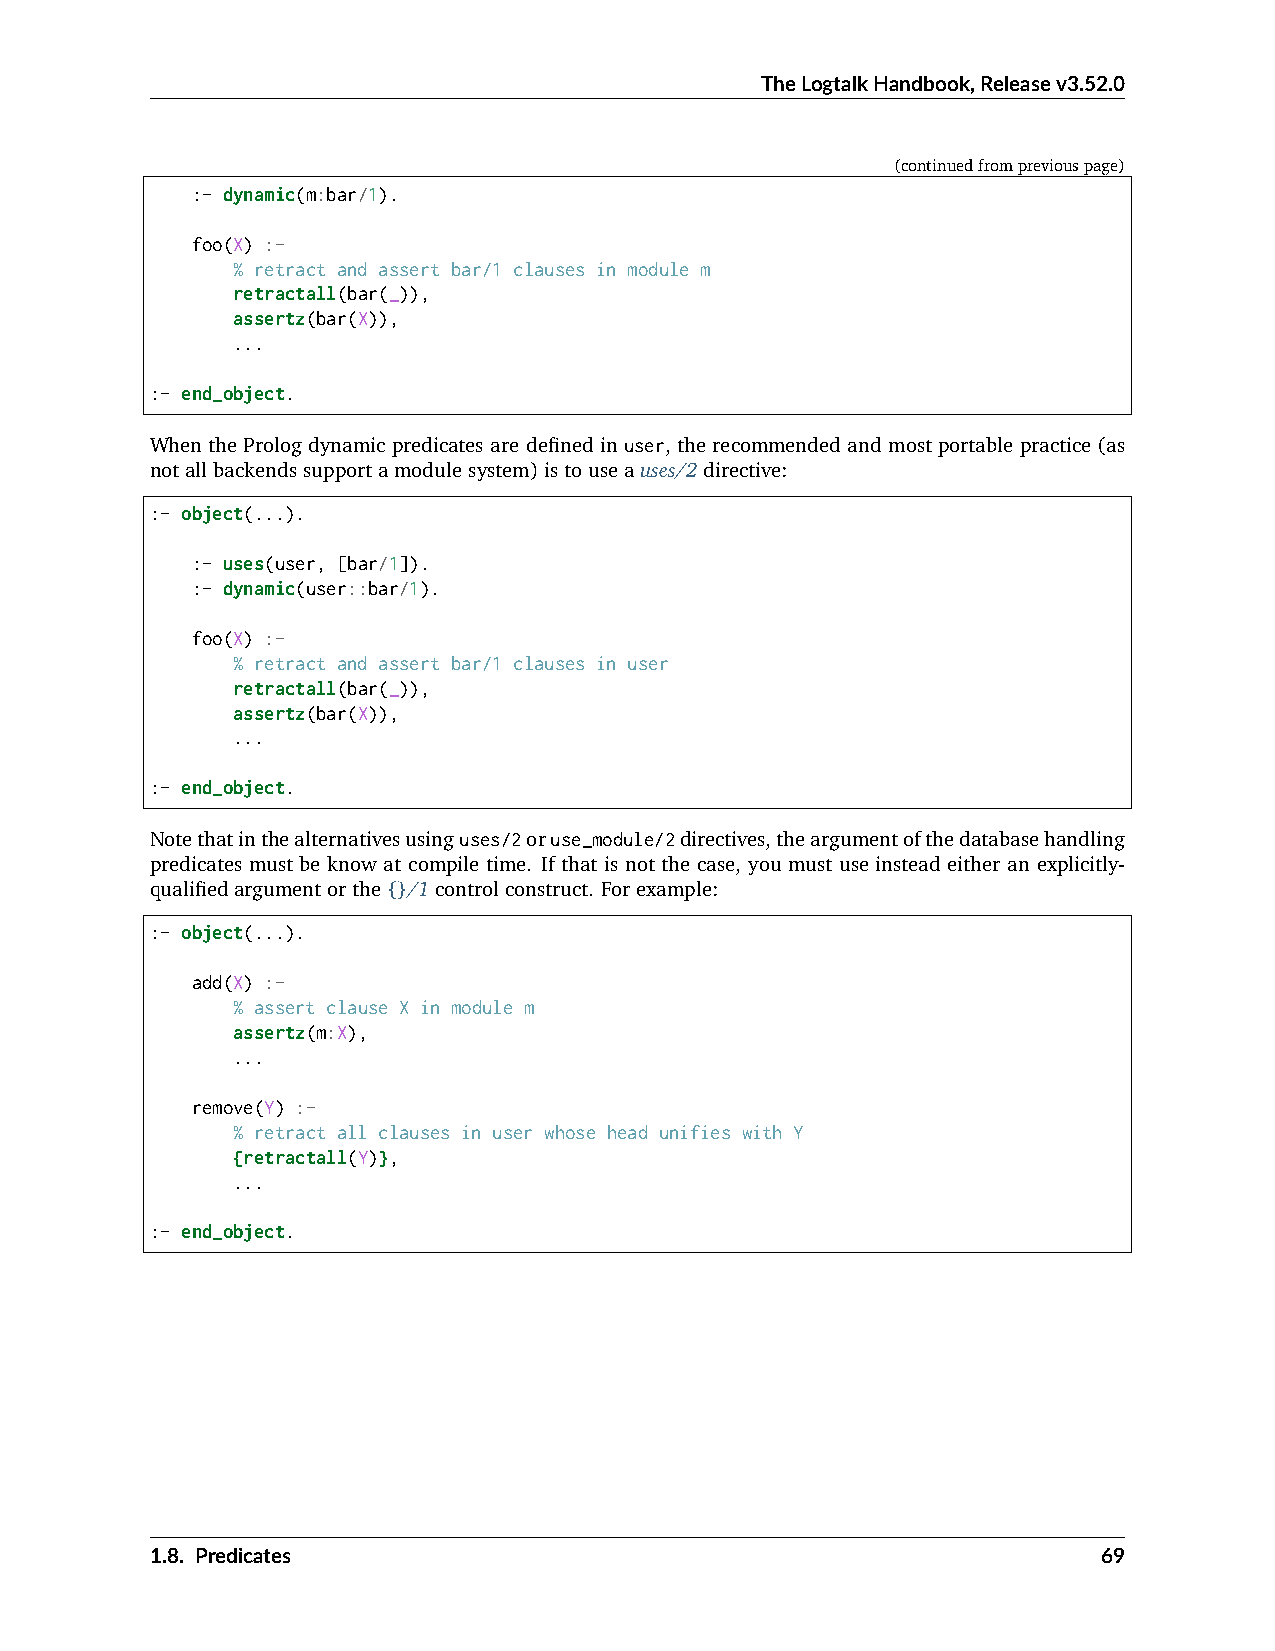
TheLogtalkHandbook,Releasev3.52.0
 (continuedfrompreviouspage)
 :- dynamic(m:bar/1).
 foo(X) :-
 % retract and assert bar/1 clauses in module m
 retractall(bar(_)),
 assertz(bar(X)),
 ...
 :- end_object.
 When the Prolog dynamic predicates are defined in user, the recommended and most portable practice (as
 notallbackendssupportamodulesystem)istouseauses/2directive:
 :- object(...).
 :- uses(user, [bar/1]).
 :- dynamic(user::bar/1).
 foo(X) :-
 % retract and assert bar/1 clauses in user
 retractall(bar(_)),
 assertz(bar(X)),
 ...
 :- end_object.
 Notethatinthealternativesusinguses/2oruse_module/2directives,theargumentofthedatabasehandling
 predicates must be know at compile time. If that is not the case, you must use instead either an explicitly-
 qualifiedargumentorthe{}/1controlconstruct. Forexample:
 :- object(...).
 add(X) :-
 % assert clause X in module m
 assertz(m:X),
 ...
 remove(Y) :-
 % retract all clauses in user whose head unifies with Y
 {retractall(Y)},
 ...
 :- end_object.
 1.8. Predicates                                                69